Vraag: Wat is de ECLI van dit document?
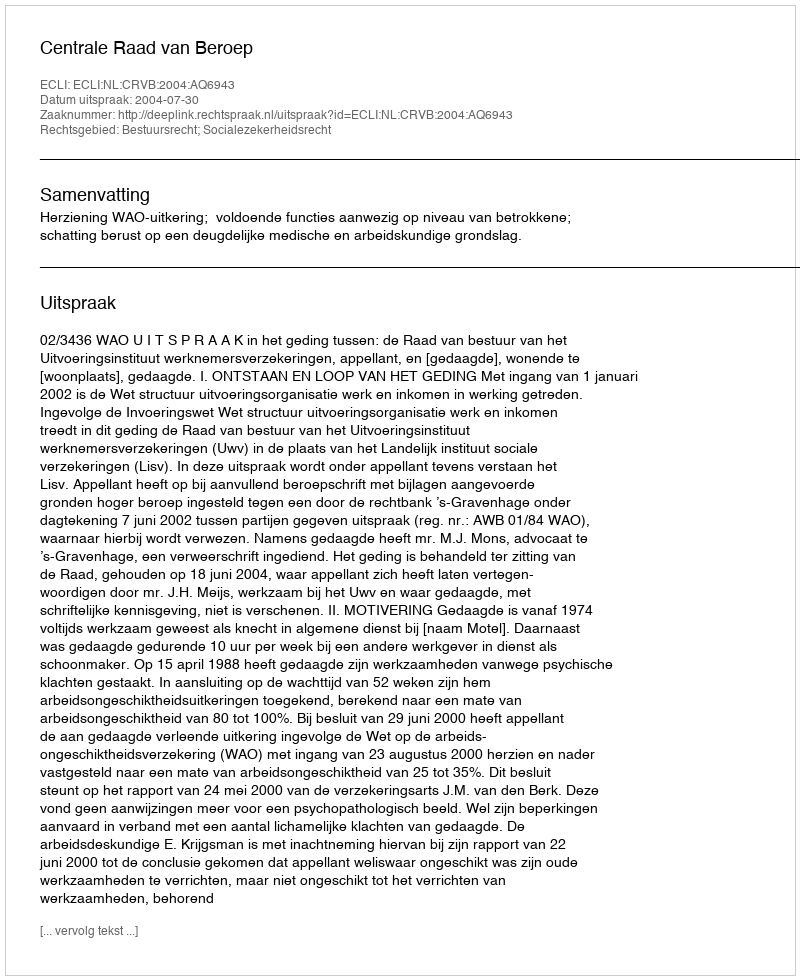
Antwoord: ECLI:NL:CRVB:2004:AQ6943